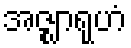
အဇ္ဈာရုဟံ